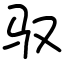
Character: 驭